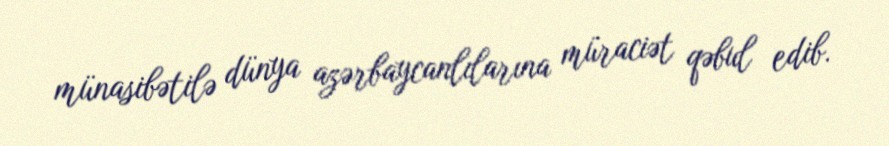
münasibətilə dünya azərbaycanlılarına müraciət qəbul edib.